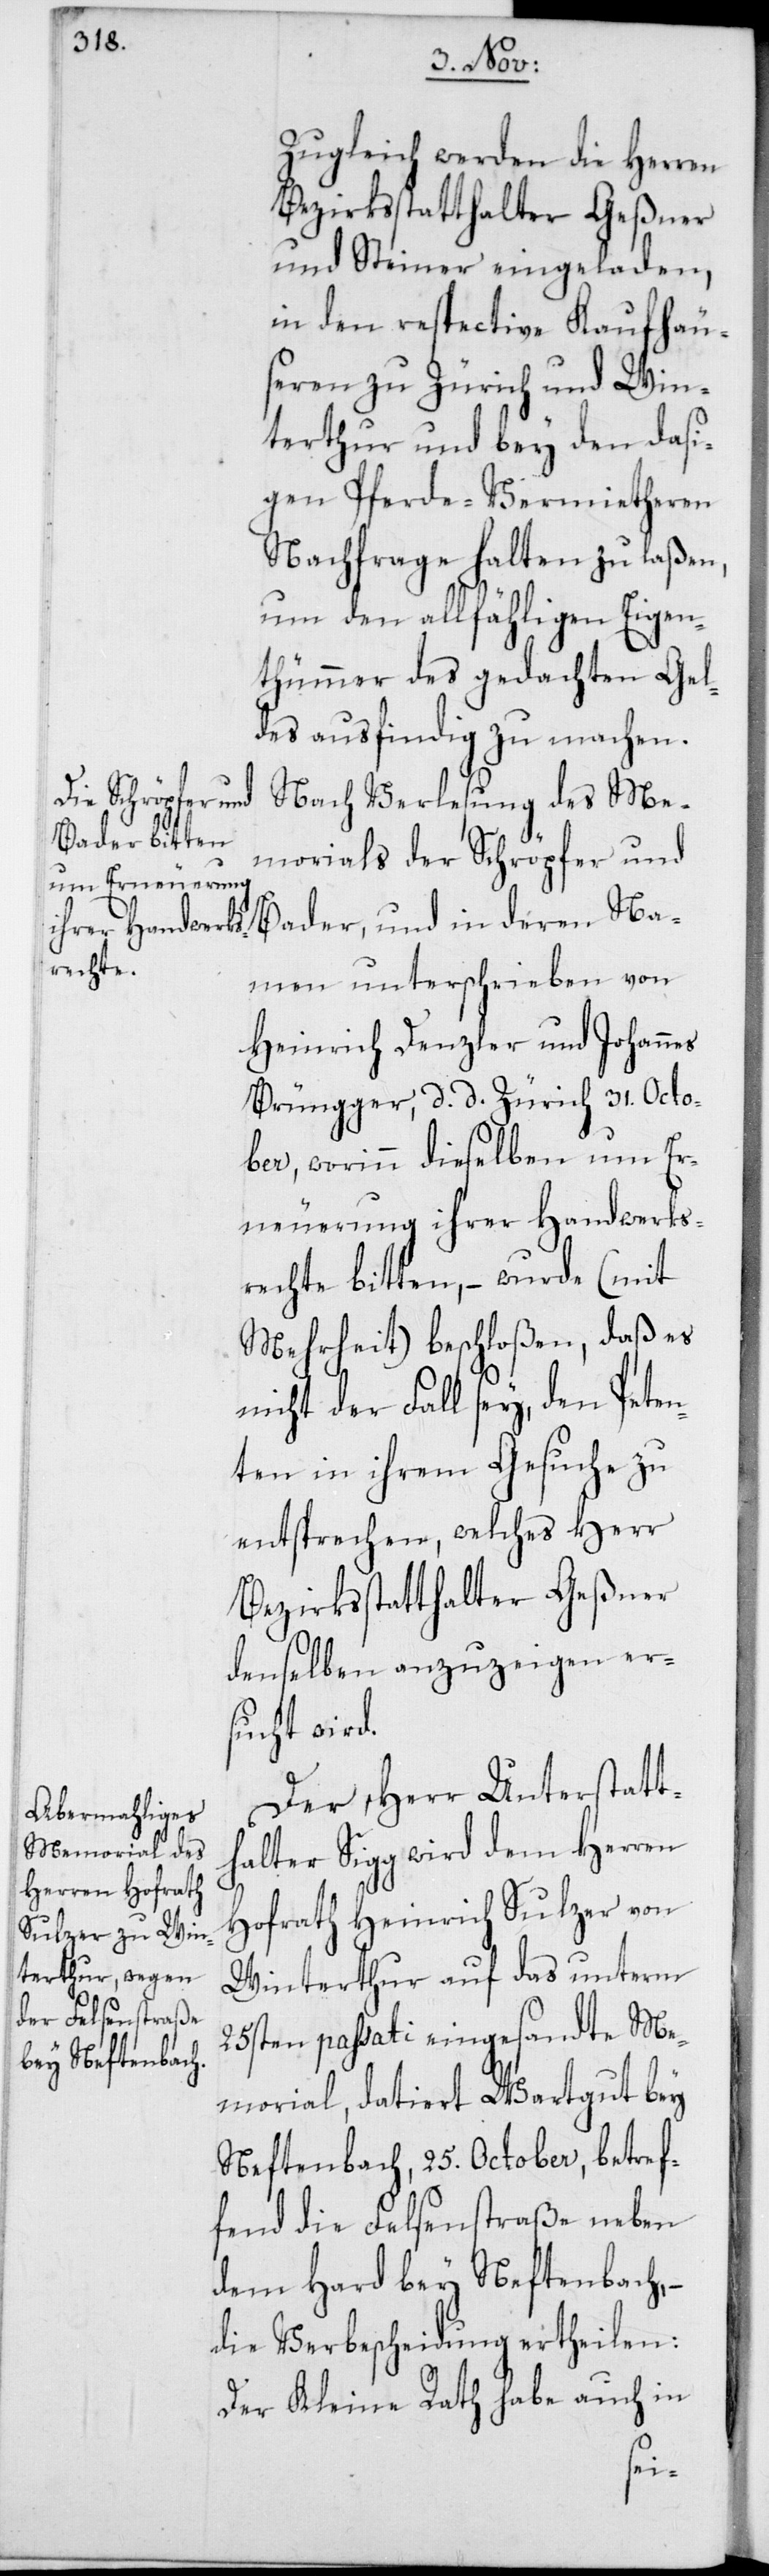
Zugleich werden die Herren
Bezirksstatthalter Geßner
und Steiner eingeladen,
in den respective Kaufhäu¬
seren zu Zürich und Win¬
terthur und bey den dasi¬
gen Pferde-Vermietheren
Nachfrage halten zu laßen,
um den allfähligen Eigen¬
thümmer des gedachten Gel¬
des ausfindig zu machen.
Nach Verlesung des Me¬
morials der Schröpfer und
Namen unterschrieben von
Heinrich Denzler und Johannes
Brüngger, d. d. Zürich 31. Octo¬
ber, worinn dieselben um Er¬
neuerung ihrer Handwerks¬
rechte bitten, – wurde (mit
Mehrheit) beschloßen, daß es
nicht der Fall sey, den Peten¬
ten in ihrem Gesuche zu
entsprechen, welches Herr
Bezirksstatthalter Geßner
denselben anzuzeigen er¬
sucht wird.
Der Herr Unterstatt¬
halter Sigg wird dem Herren
Hofrath Heinrich Sulzer von
Winterthur auf das unterm
25sten passati eingesandte Me¬
morial, datiert Wartgut bey
Neftenbach, 25. October, betref¬
fend die Felsenstraße neben
dem Hard bey Neftenbach,
die Verbscheidung ertheilen:
Der Kleine Rath habe auch in